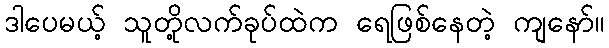
ဒါပေမယ့် သူတို့လက်ခုပ်ထဲက ရေဖြစ်နေတဲ့ ကျနော်။